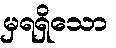
မှရရှိသော